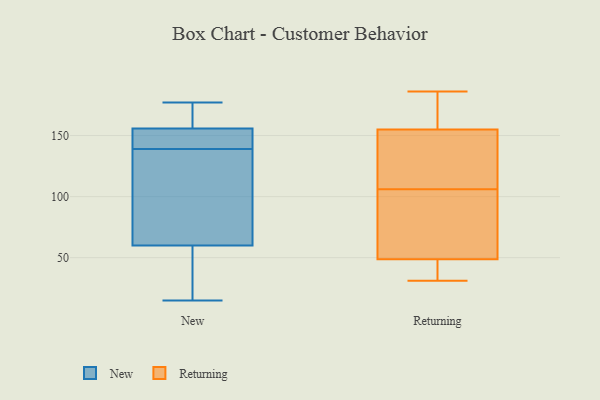
{"axis": {"x": "Latency (ms)", "y": "Value"}, "legend": ["New", "Returning"], "data": [{"x": "", "y": 38, "type": "New"}, {"x": "", "y": 64, "type": "New"}, {"x": "", "y": 139, "type": "New"}, {"x": "", "y": 116, "type": "New"}, {"x": "", "y": 172, "type": "New"}, {"x": "", "y": 158, "type": "New"}, {"x": "", "y": 145, "type": "New"}, {"x": "", "y": 155, "type": "New"}, {"x": "", "y": 101, "type": "New"}, {"x": "", "y": 48, "type": "New"}, {"x": "", "y": 140, "type": "New"}, {"x": "", "y": 146, "type": "New"}, {"x": "", "y": 117, "type": "New"}, {"x": "", "y": 170, "type": "New"}, {"x": "", "y": 177, "type": "New"}, {"x": "", "y": 20, "type": "New"}, {"x": "", "y": 15, "type": "New"}, {"x": "", "y": 113, "type": "Returning"}, {"x": "", "y": 31, "type": "Returning"}, {"x": "", "y": 179, "type": "Returning"}, {"x": "", "y": 89, "type": "Returning"}, {"x": "", "y": 165, "type": "Returning"}, {"x": "", "y": 85, "type": "Returning"}, {"x": "", "y": 144, "type": "Returning"}, {"x": "", "y": 49, "type": "Returning"}, {"x": "", "y": 93, "type": "Returning"}, {"x": "", "y": 152, "type": "Returning"}, {"x": "", "y": 48, "type": "Returning"}, {"x": "", "y": 106, "type": "Returning"}, {"x": "", "y": 186, "type": "Returning"}, {"x": "", "y": 164, "type": "Returning"}, {"x": "", "y": 43, "type": "Returning"}, {"x": "", "y": 119, "type": "Returning"}, {"x": "", "y": 45, "type": "Returning"}]}